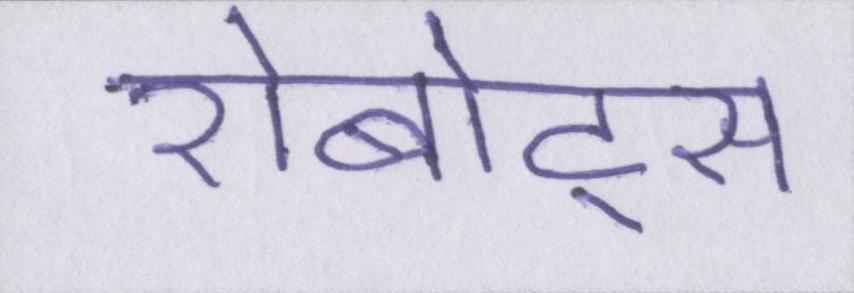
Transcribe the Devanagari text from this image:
रोबोट्स